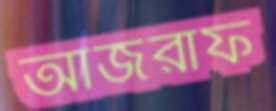
আজরাফ